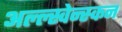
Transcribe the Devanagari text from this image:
अल्ल्स्वेन्स्कन